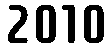
2010